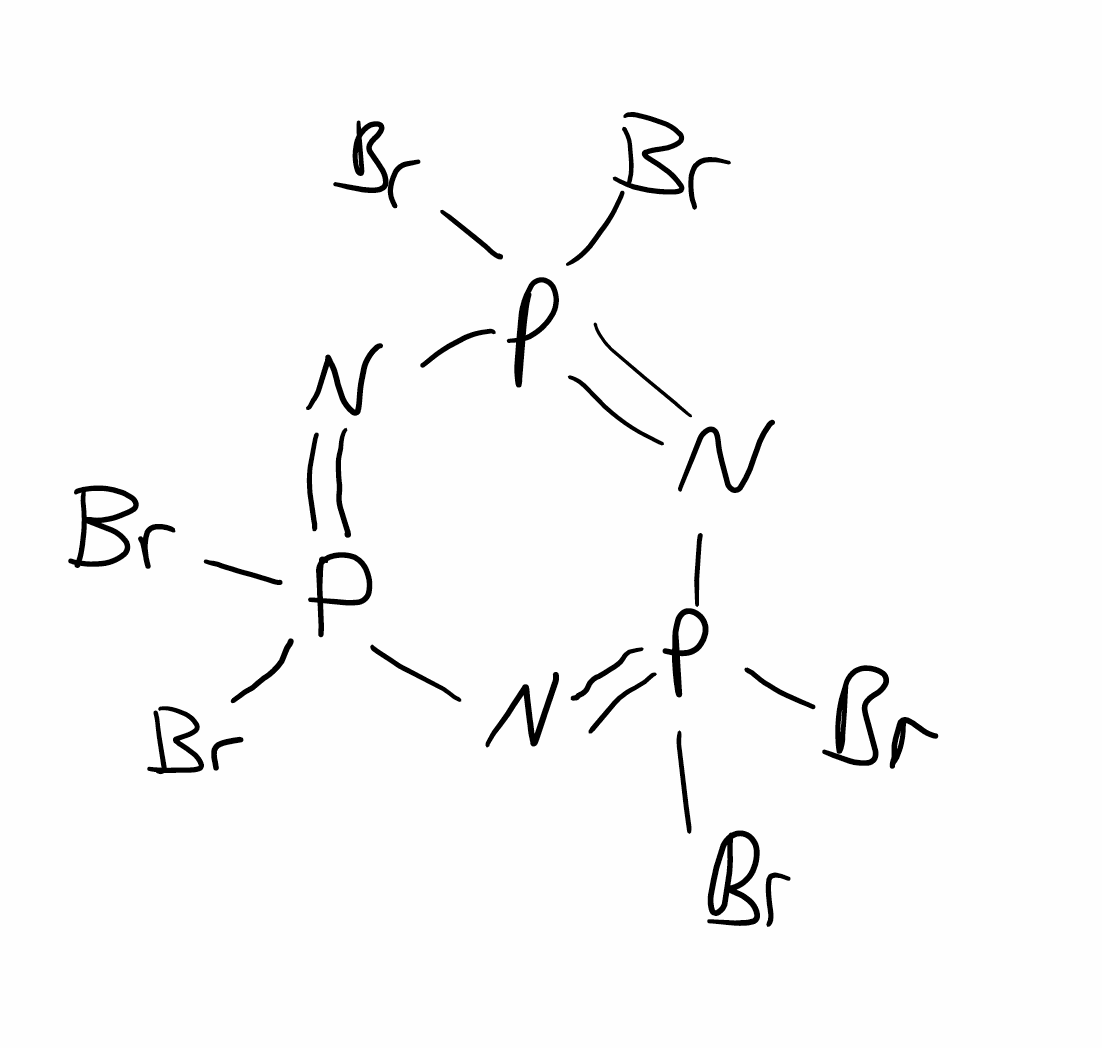
Simplified molecular-input line-entry system (SMILES) notation of the given molecule:
N1=P(N=P(N=P1(Br)Br)(Br)Br)(Br)Br